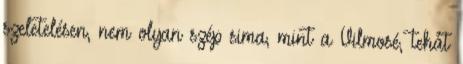
szeletelésen, nem olyan szép sima, mint a Vilmosé, tehát